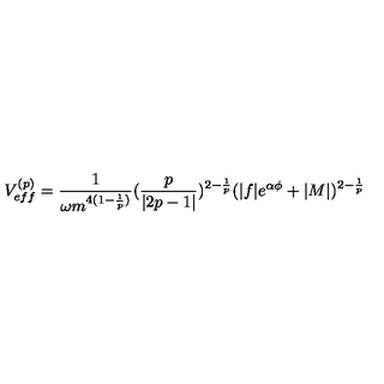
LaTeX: V _ { e f f } ^ { ( p ) } = \frac { 1 } { \omega m ^ { 4 ( 1 - \frac { 1 } { p } ) } } ( \frac { p } { | 2 p - 1 | } ) ^ { 2 - \frac { 1 } { p } } ( | f | e ^ { \alpha \phi } + | M | ) ^ { 2 - \frac { 1 } { p } }